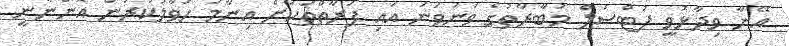
އޭނާ ވިދާޅުވީ ފުޓްސަލް މުބާރާތުގެ ވަނަވަނަ އައި ފަރާތްތަކަށް އިނާމު ހަވާލުކުރުން އޮންނާނީ